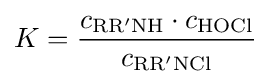
K={\frac {c_{{\text{RR}}'{\text{NH}}}\cdot c_{\text{HOCl}}}{c_{{\text{RR}}'{\text{NCl}}}}}